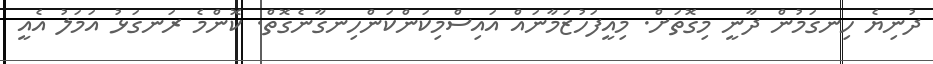
ދުނިޔެ ހިނގަމުން ދާނީ މިގޮތަށް. މިއީފަހުޒަމާނައް އައިސްމިކަންކަންހިނގާނެގޮތް. ކޮންމެ ރަނގަޅު އަމަލު އެއީ